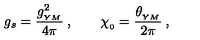
g _ { s } = { \frac { g _ { _ { Y M } } ^ { 2 } } { 4 \pi } } \: , \qquad \chi _ { _ { 0 } } = { \frac { \theta _ { _ { Y M } } } { 2 \pi } } \: ,